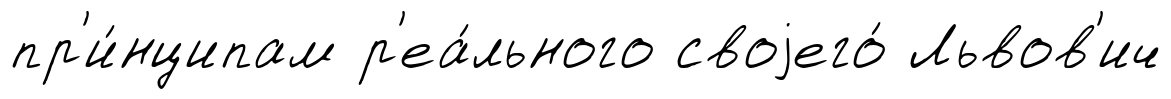
пр'и́нципам р'еа́льного своjего́ Львов'ич